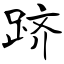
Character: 跻